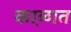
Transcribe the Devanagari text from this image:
का़ळात